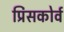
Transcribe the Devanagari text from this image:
प्रिंसकोर्व